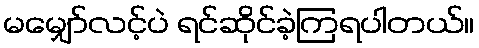
မမျှော်လင့်ပဲ ရင်ဆိုင်ခဲ့ကြရပါတယ်။